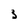
Character: 3